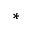
^ *